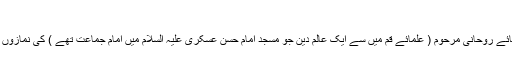
(۲)
حرم کے خادم اور کلید دار جو آقائے روحانی مرحوم ( علمائے قم میں سے ایک عالم دین جو مسجد امام حسن عسکری علیہ السلام میں امام جماعت تھے ) کی نمازوں میں تکبیر بھی کہا کرتے تھے ۔